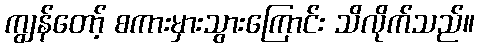
ကျွန်တော့် စကားမှားသွားကြောင်း သိလိုက်သည်။